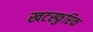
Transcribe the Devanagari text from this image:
खटस्फुरिक